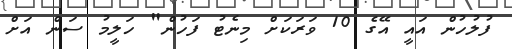
ފުލުހުން އައީ އޭގެ 10 ވަރަކަށް މިނެޓު ފަހުން" ހަލީމު ސަން އަށް